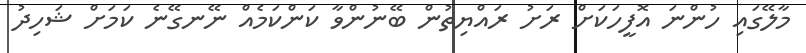
މާލޭގައި ހުންނަ އޮފީހަކަށް ރަށު ރައްޔިތުން ބޭނުންވާ ކަންކަމެއް ނޭނގޭނެ ކަމަށް ޝަހިދު